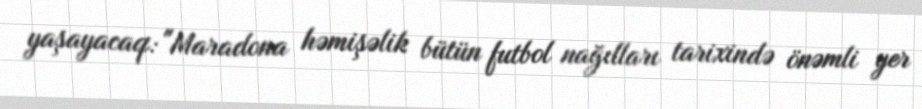
yaşayacaq: "Maradona həmişəlik bütün futbol nağılları tarixində önəmli yer